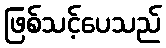
ဖြစ်သင့်ပေသည်